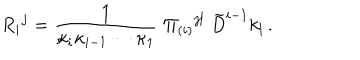
R _ { i } { } ^ { j } = { \frac { 1 } { \kappa _ { i } \kappa _ { i - 1 } \cdots \kappa _ { 1 } } } \; \Pi _ { ( i ) } { } ^ { j l } \; \tilde { D } ^ { i - 1 } k _ { l } \, .